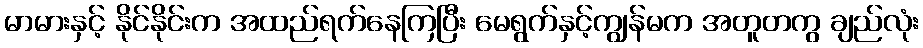
မာမားနှင့် နိုင်နိုင်းက အထည်ရက်နေကြပြီး မေရွက်နှင့်ကျွန်မက အတူတကွ ချည်လုံး